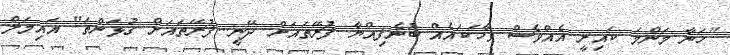
"ހަނާ މަންމަ ކައިރީ އެއްވެސް ވާހަކައެއް ބުނެފިއްޔާ ފުރޭތައަށް ދޭނީ...ފުރޭތައަށް ގުޅަންތަ" އައިމަލް